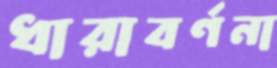
ধারাবর্ণনা